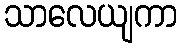
သာလေယျကာ